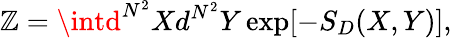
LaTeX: \mathbb{Z}=\intd^{N^{2}}Xd^{N^{2}}Y\exp[-S_{D}(X,Y)],